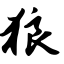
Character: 狼